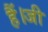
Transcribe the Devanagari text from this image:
हैं।जी